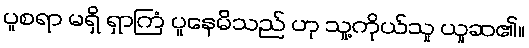
ပူစရာ မရှိ ရှာကြံ ပူနေမိသည် ဟု သူ့ကိုယ်သူ ယူဆ၏။